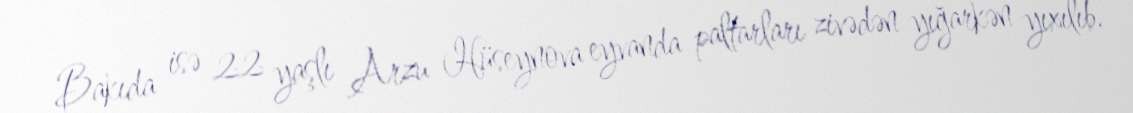
Bakıda isə 22 yaşlı Arzu Hüseynova eyvanda paltarları zivədən yığarkən yıxılıb.